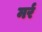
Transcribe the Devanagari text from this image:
मर्र